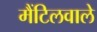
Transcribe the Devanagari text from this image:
मैंटिलवाले